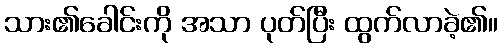
သား၏ခေါင်းကို အသာ ပုတ်ပြီး ထွက်လာခဲ့၏။